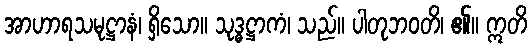
အာဟာရသမုဋ္ဌာနံ၊ ရှိသော။ သုဒ္ဓဋ္ဌာကံ၊ သည်။ ပါတုဘဝတိ၊ ၏။ ဣတိ